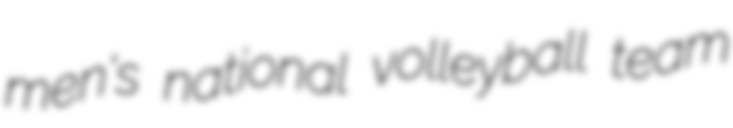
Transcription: men's national volleyball team